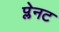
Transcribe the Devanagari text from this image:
प्लेनट